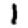
Digit: 1